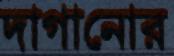
দাগানোর